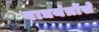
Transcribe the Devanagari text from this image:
वाद्ययंत्रोंसे